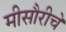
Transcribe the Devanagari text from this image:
मीसौरीचे